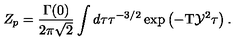
{ Z _ { p } } = { \frac { \Gamma ( 0 ) } { 2 \pi \sqrt { 2 } } } \int d \tau { \tau ^ { - 3 / 2 } } \exp \left( - \mathrm { T } { \mathcal { Y } ^ { 2 } } \tau \right) .